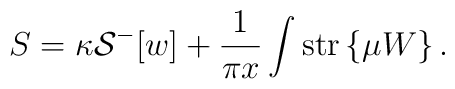
S = \kappa {\cal S}^-[w] + \frac{1}{\pi x} \int \mbox{str} \left\{ \mu W \right\} .